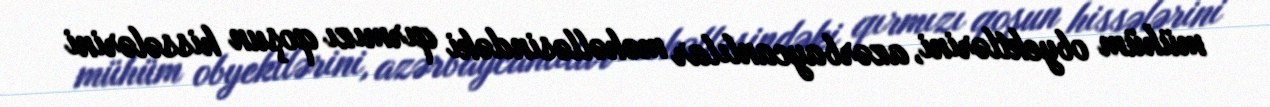
mühüm obyektlərini, azərbaycanlılar məhəlləsindəki qırmızı qoşun hissələrini